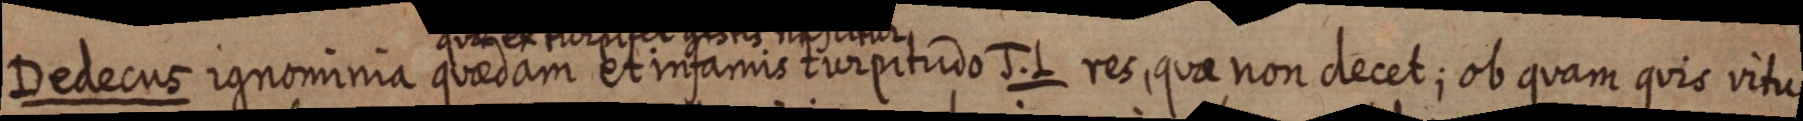
Dedecus ignominia quaedam et infamis turpitudo J. L res, quae non decet; ob quam quis vitu